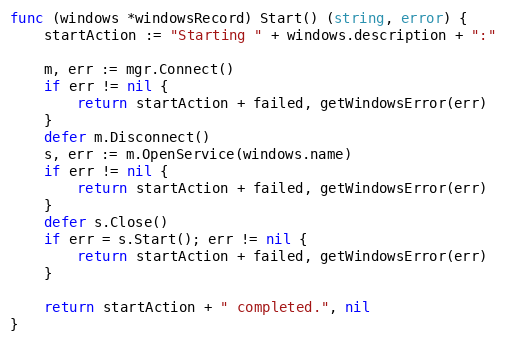
Language: Go
func (windows *windowsRecord) Start() (string, error) {
	startAction := "Starting " + windows.description + ":"

	m, err := mgr.Connect()
	if err != nil {
		return startAction + failed, getWindowsError(err)
	}
	defer m.Disconnect()
	s, err := m.OpenService(windows.name)
	if err != nil {
		return startAction + failed, getWindowsError(err)
	}
	defer s.Close()
	if err = s.Start(); err != nil {
		return startAction + failed, getWindowsError(err)
	}

	return startAction + " completed.", nil
}